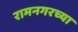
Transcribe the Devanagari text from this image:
रामनगरच्या